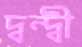
দ্বন্দ্বী